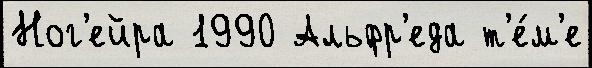
Ног'ейра 1990 Альфр'еда т'е́м'е